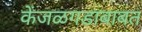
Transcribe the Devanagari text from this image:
केंजळगडाबाबत